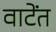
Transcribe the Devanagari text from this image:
वाटेंत